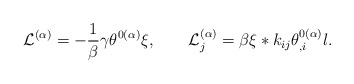
\begin{align*}{\cal L}^{(\alpha)}=-\frac{1}{\beta}\gamma\theta^{0(\alpha)}\xi,\qquad{\cal L}_{j}^{(\alpha)}=\beta\xi*k_{ij}\theta_{,i}^{0(\alpha)}l.\end{align*}